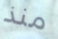
منذ